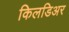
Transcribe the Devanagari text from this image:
किलडिअर